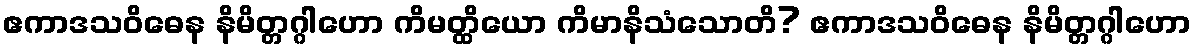
ဧကာဒသဝိဓေန နိမိတ္တဂ္ဂါဟော ကိမတ္ထိယော ကိမာနိသံသောတိ? ဧကာဒသဝိဓေန နိမိတ္တဂ္ဂါဟော